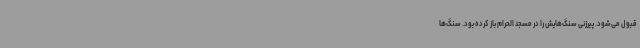
قبول می‌شود. پیرزنی سنگ‌هایش را در مسجد الحرام باز کرده بود. سنگ‌ها